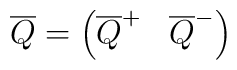
\overline{Q} = \left( \overline{Q}^+ \; \; \; \overline{Q}^- \right)